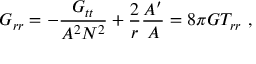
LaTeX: G _ { r r } = - \frac { G _ { t t } } { A ^ { 2 } N ^ { 2 } } + \frac { 2 } { r } \frac { A ^ { \prime } } { A } = 8 \pi G T _ { r r } \ ,